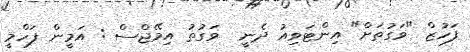
ފަހުޒް "ވަގުތަށް" އިންޓަވިއު ދެނީ  ވަގުތު އިމޭޖްސް : އަމީން ފަހްމީ